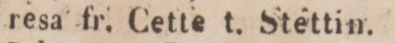
resa fr. Cette t. Stettin.